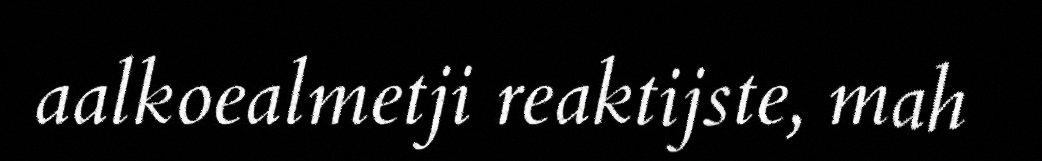
aalkoealmetji reaktijste, mah